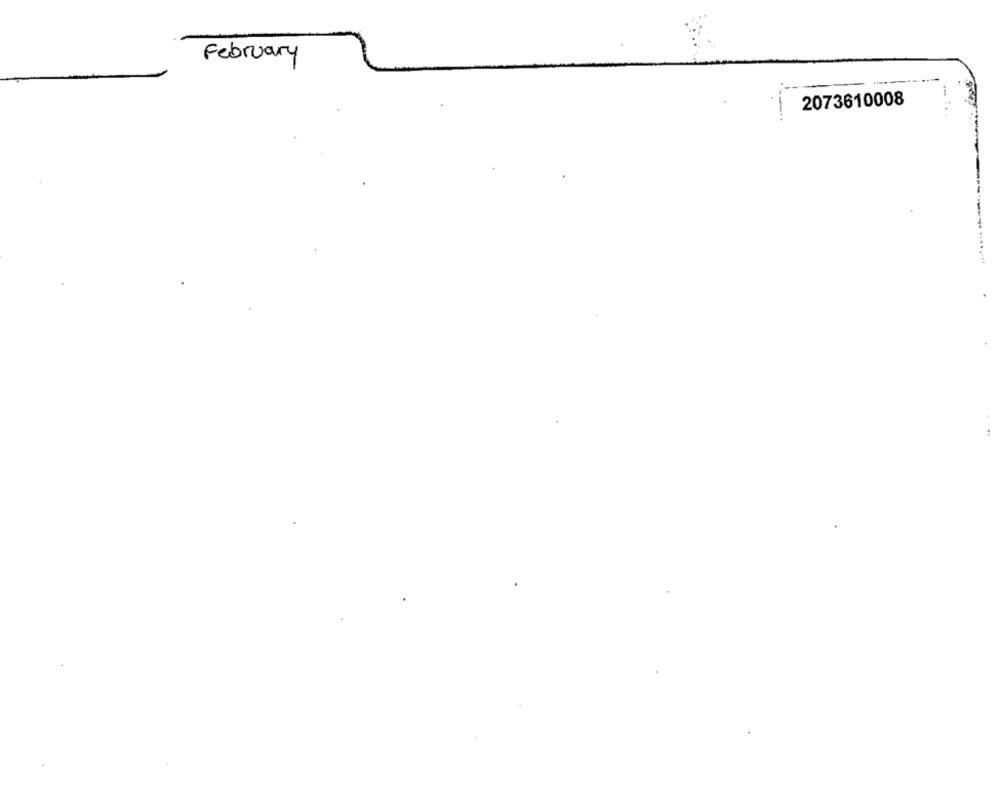
February
--
2073610008